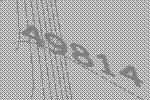
49814